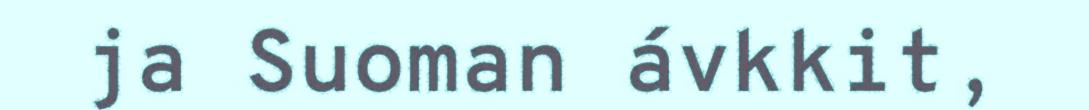
ja Suoman ávkkit,